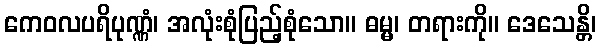
ကေဝလပရိပုဏ္ဏံ၊ အလုံးစုံပြည့်စုံသော။ ဓမ္မ၊ တရားကို။ ဒေသေန္တိ၊